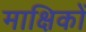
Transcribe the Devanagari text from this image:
माक्षिकों